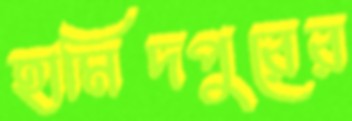
হামিদপুরের